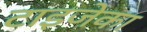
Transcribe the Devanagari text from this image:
टाइजेका